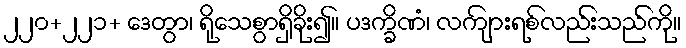
၂၂၀+၂၂၁+ ဒေတွာ၊ ရိုသေစွာရှိခိုး၍။ ပဒက္ခိဏံ၊ လကျ်ားရစ်လည်းသည်ကို။